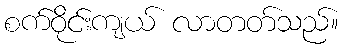
စက်ဝိုင်းကျယ် လာတတ်သည်။